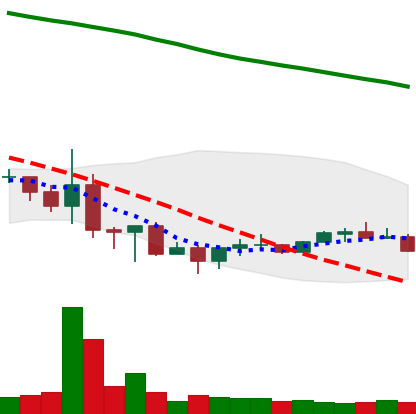
Ticker: NEO-USD
Chart end date: 2022-06-28
Forward return: -7.224%
Label: down_7plus